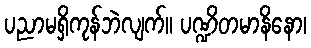
ပညာမရှိကုန်ဘဲလျက်။ ပဏ္ဍိတမာနိနော၊